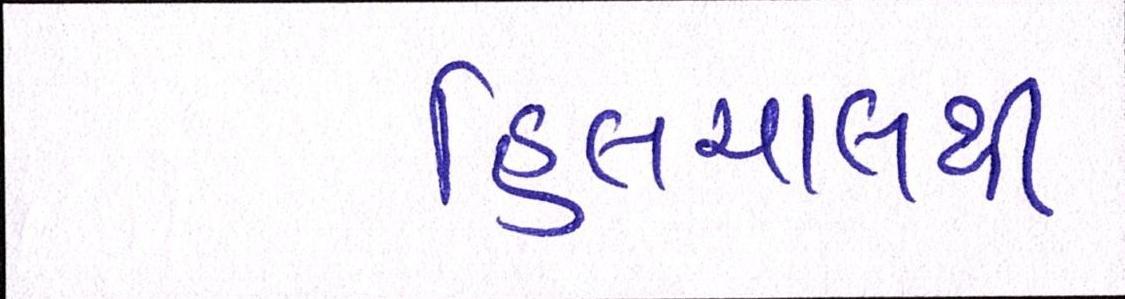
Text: હિલચાલથી